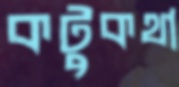
কটুকথা